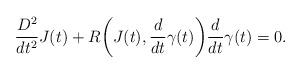
LaTeX: \begin{align*} \frac{D^2}{dt^2}J(t) + R \biggl ( J(t), \frac{d}{dt}\gamma(t) \biggr ) \frac{d}{dt}\gamma(t) = 0.\end{align*}